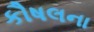
કૌષલના